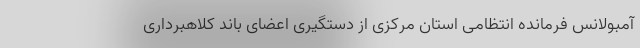
آمبولانس فرمانده انتظامی استان مرکزی از دستگیری اعضای باند کلاهبرداری